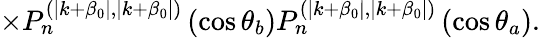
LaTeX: \times P_{n}^{(\mid k+\beta_{0}\mid,\mid k+\beta_{0}\mid)}\left(\cos\theta_{b}\right)P_{n}^{(\mid k+\beta_{0}\mid,\mid k+\beta_{0}\mid)}\left(\cos\theta_{a}\right).